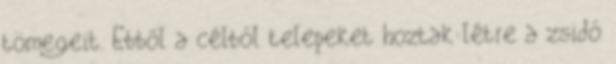
tömegeit. Ebből a célból telepeket hoztak létre a zsidó